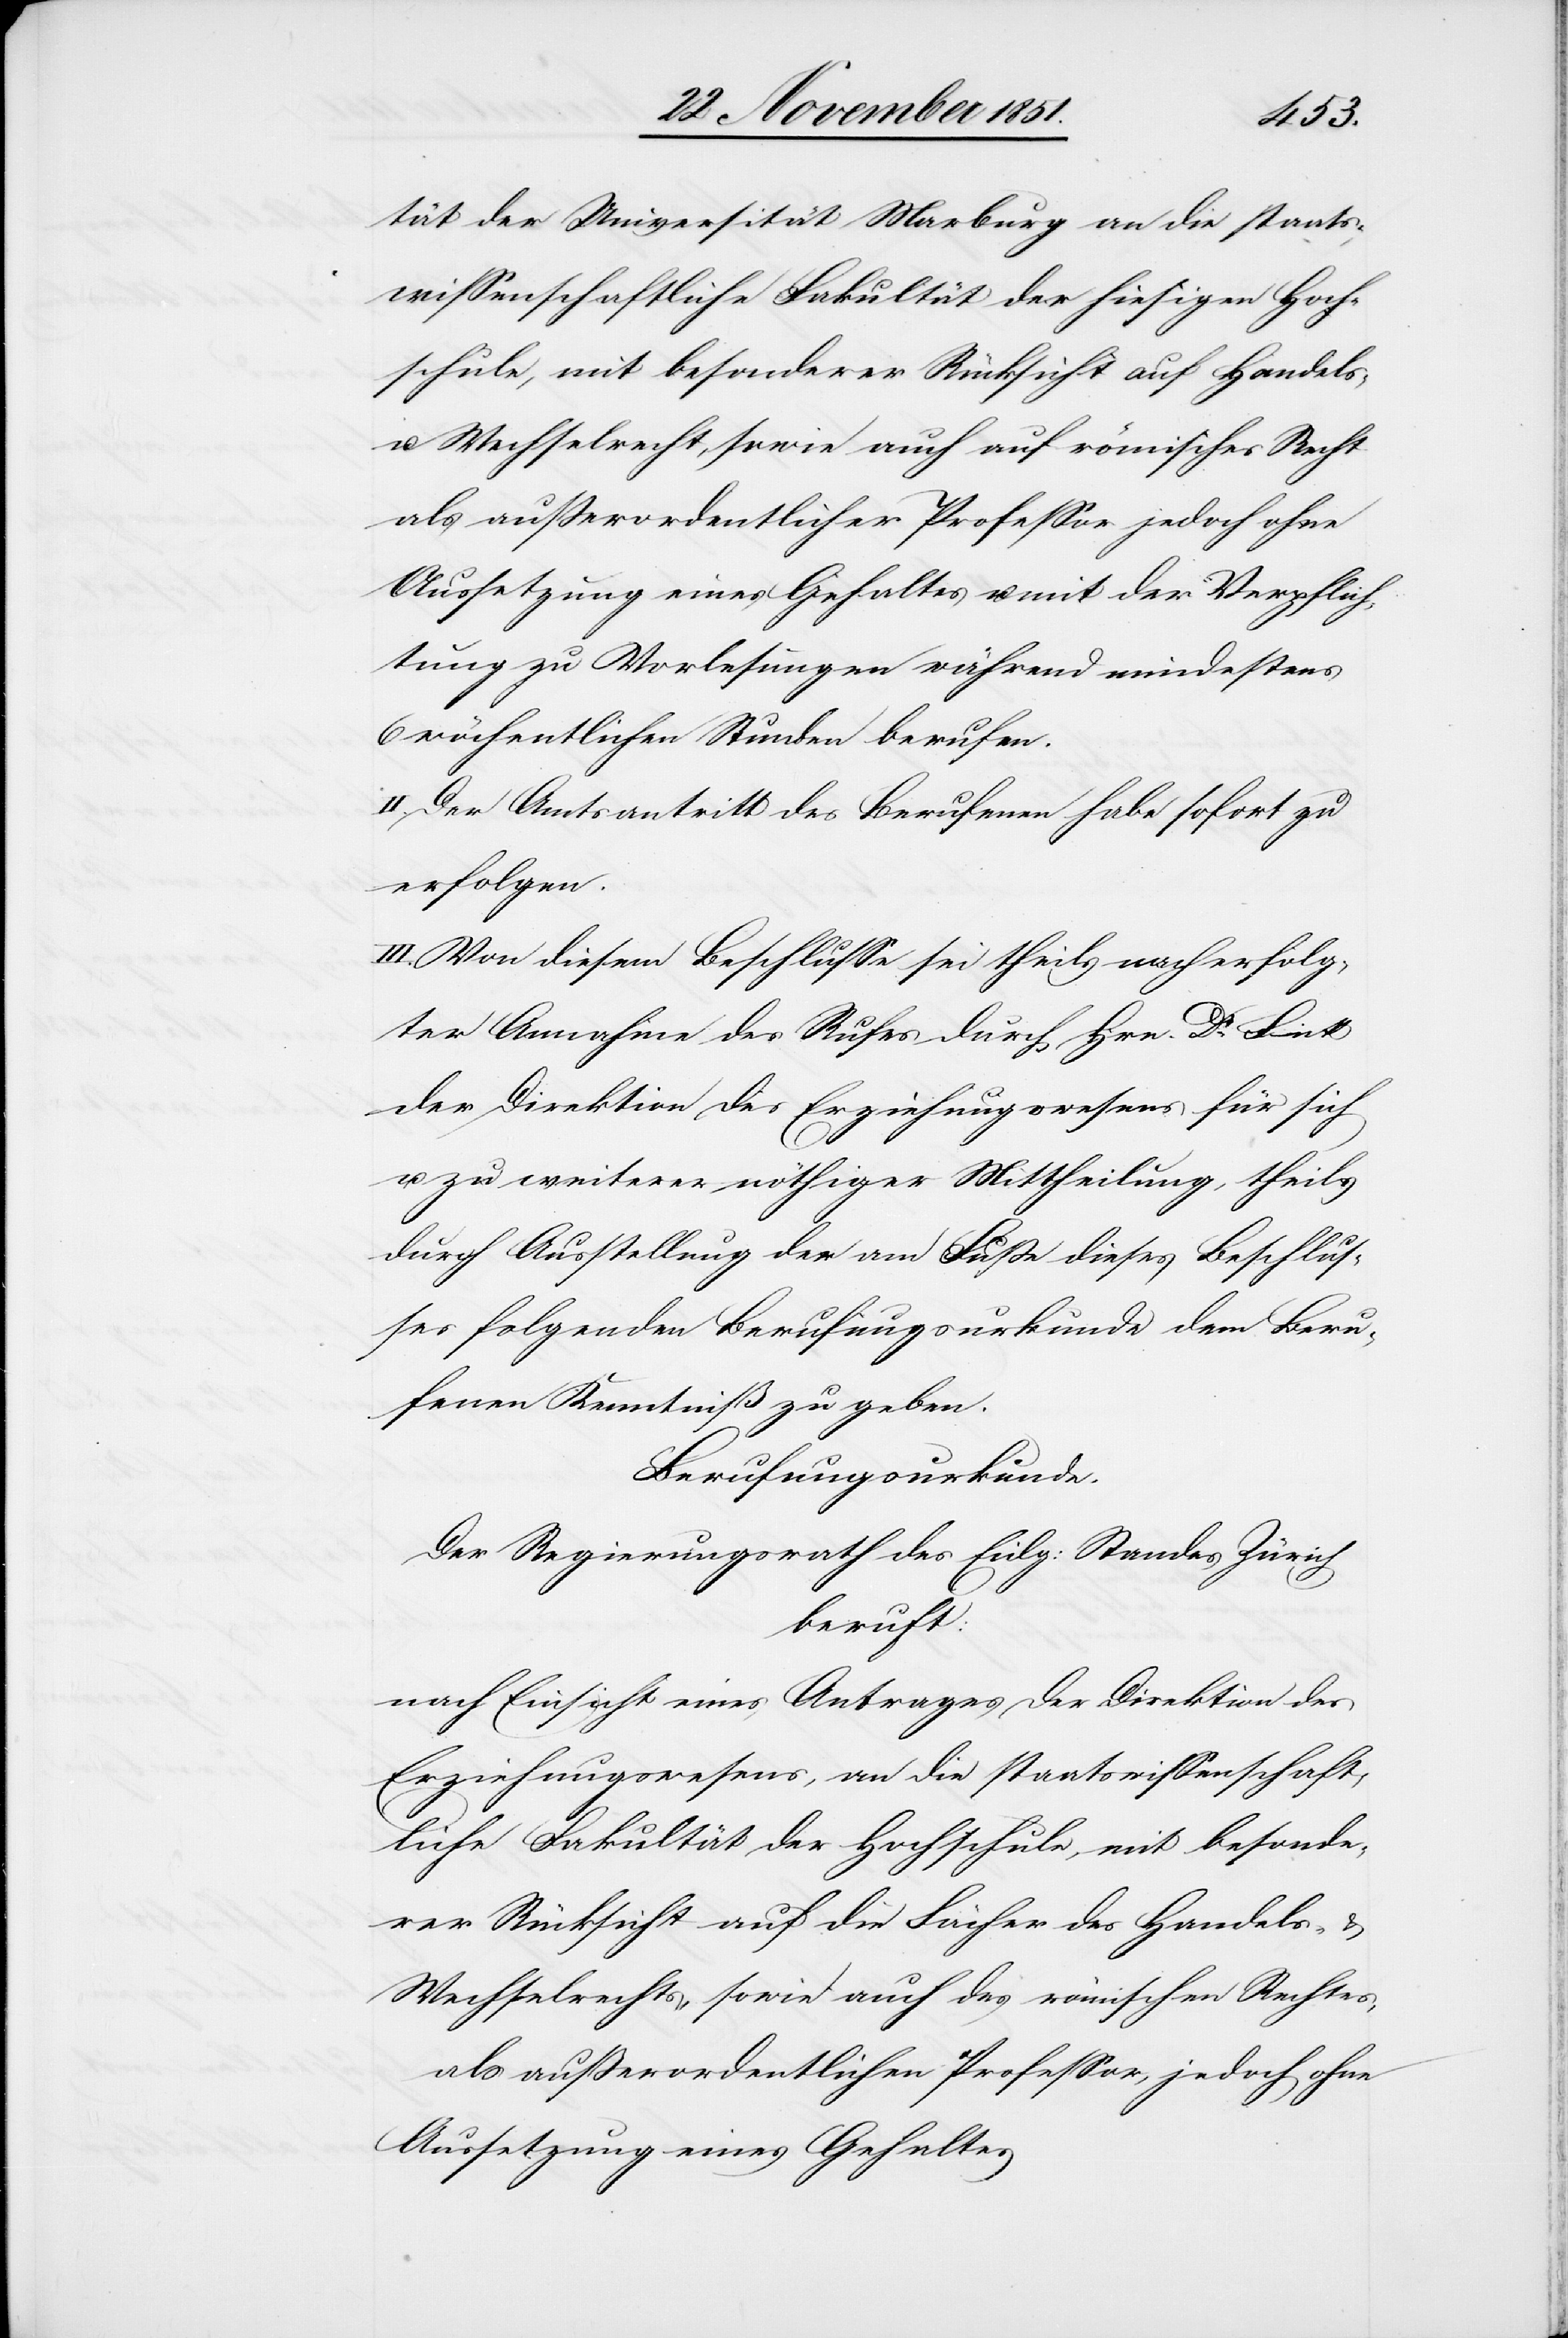
tät der Universität Marburg an die staats¬
wissenschaftliche Fakultät der hiesigen Hoch¬
schule, mit besonderer Rücksicht auf Handels-
u. Wechselrecht, sowie auch auf römisches Recht
als außerordentlicher Professor jedoch ohne
Aussetzung eines Gehaltes u. mit der Verpflich¬
tung zu Vorlesungen während mindestens
6 wöchentlichen Stunden berufen.
II. Der Amtsantritt des Berufenen habe sofort zu
erfolgen.
III. Von diesem Beschlusse sei theils nach erfolg¬
ter Annahme des Rufes durch Hrn. Dr. Fick
der Direktion des Erziehungswesens für sich
u. zu weiterer nöthiger Mittheilung, theils
durch Ausstellung der am Fuße dieses Beschlus¬
ses folgenden Berufungsurkunde dem Beru¬
fenen Kenntniß zu geben.
Berufungsurkunde.
Der Regierungsrath des Eidg: Standes Zürich
beruft:
nach Einsicht eines Antrages der Direktion des
Erziehungswesens, an die staatswissenschaft¬
liche Fakultät der Hochschule, mit besonde¬
rer Rücksicht auf die Fächer des Handels- &
Wechselrechts, sowie auch des römischen Rechtes,
als außerordentlichen Professor, jedoch ohne
Aussetzung eines Gehaltes